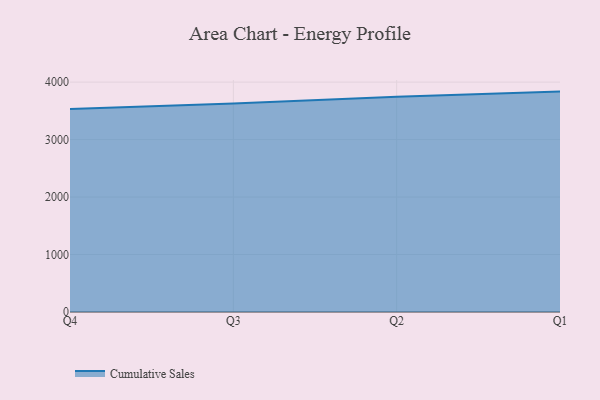
{"axis": {"x": "Quarter", "y": "Budget (USD K)"}, "legend": ["Cumulative Sales"], "data": [{"x": "Q4", "y": 3531.1, "type": "Cumulative Sales"}, {"x": "Q3", "y": 3628.8, "type": "Cumulative Sales"}, {"x": "Q2", "y": 3744.7, "type": "Cumulative Sales"}, {"x": "Q1", "y": 3834.8, "type": "Cumulative Sales"}]}